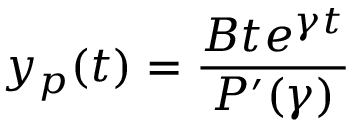
y _ { p } ( t ) = { \frac { B t e ^ { \gamma t } } { P ^ { \prime } ( \gamma ) } }